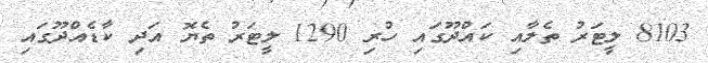
8103 ލީޓަރު ތެލާއި ކައްދޫގައި ހުރި 1290 ލީޓަރު ތެޔޮ އަދި ކާޑެއްދޫގައި